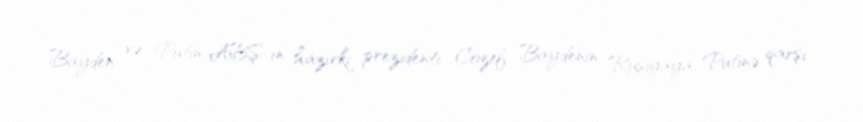
Bayden və Putin ABŞ-ın hazırkı prezidenti Cozef Baydenin Rusiyaya, Putinə qarşı